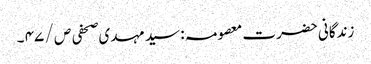
زندگانی حضرت معصومہ : سید مہدی صحفی ص / ۴۷ ۔